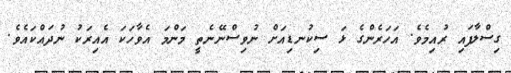
ގިސްލާފައި ރުއިމެވެ. އަހަރެންގެ ޅަ ސިކުނޑިއަށް ނުވިސްނޭނެތީ މަންމަ އެވާހަކަ އެއިރަކު ނުދައްކައެވެ.